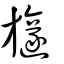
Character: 旞